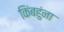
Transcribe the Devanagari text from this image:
किंबहुंना